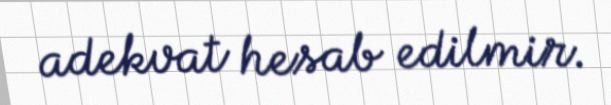
adekvat hesab edilmir.